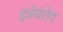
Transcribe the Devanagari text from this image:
इन्नेर्वतेद